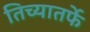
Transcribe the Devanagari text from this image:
तिच्यातर्फे